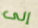
إلى